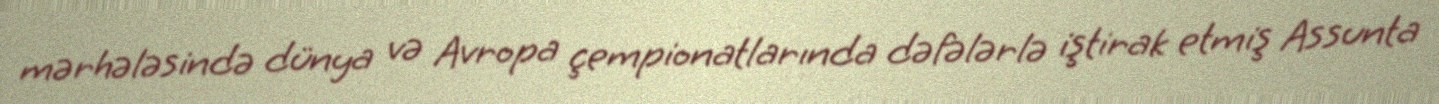
mərhələsində dünya və Avropa çempionatlarında dəfələrlə iştirak etmiş Assunta